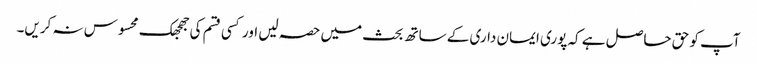
آپ کو حق حاصل ہے کہ پوری ایمان داری کے ساتھ بحث میں حصہ لیں اور کسی قسم کی جھجھک محسوس نہ کریں۔